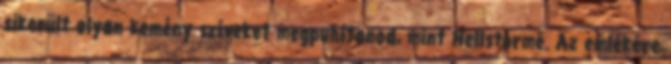
sikerült olyan kemény szíveket megpuhítanod, mint Hellstormé. Az emlékére